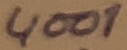
Text: 4001